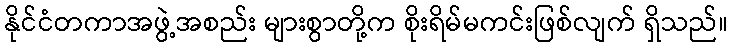
နိုင်ငံတကာအဖွဲ့အစည်း များစွာတို့က စိုးရိမ်မကင်းဖြစ်လျက် ရှိသည်။